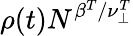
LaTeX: \rho(t)N^{\beta^{T}/\nu_{\perp}^{T}}